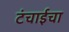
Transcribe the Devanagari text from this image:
टंचाईचा